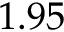
1 . 9 5